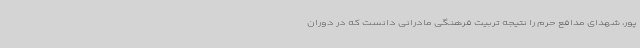
پور، شهدای مدافع حرم را نتیجه تربیت فرهنگی مادرانی دانست که در دوران